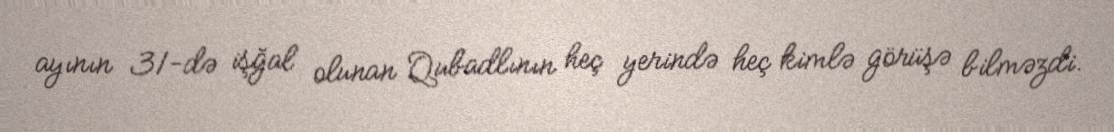
ayının 31-də işğal olunan Qubadlının heç yerində heç kimlə görüşə bilməzdi.